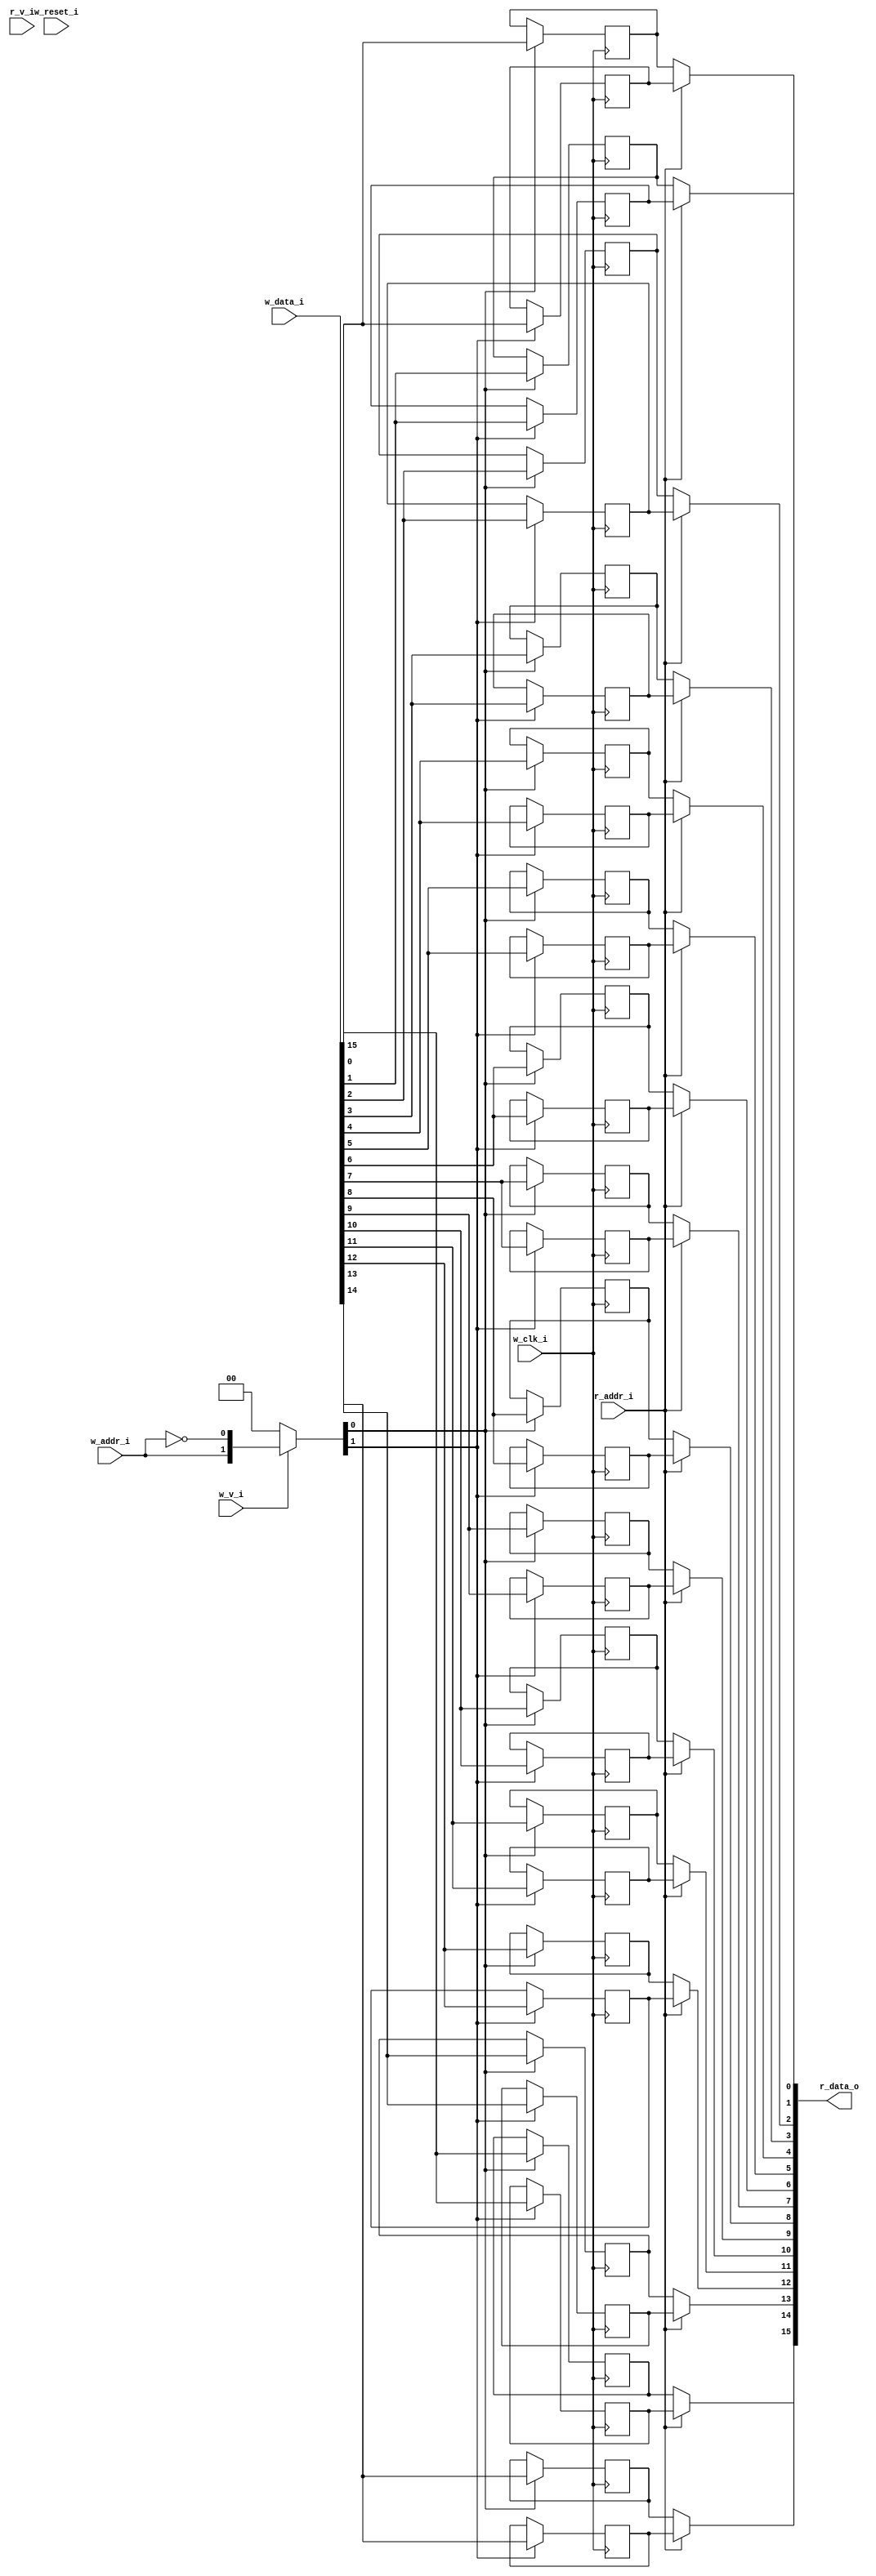
// This program was cloned from: https://github.com/NYU-MLDA/OpenABC
// License: BSD 3-Clause "New" or "Revised" License

module bsg_mem_1r1w_synth_width_p16_els_p2_read_write_same_addr_p0_harden_p0
(
  w_clk_i,
  w_reset_i,
  w_v_i,
  w_addr_i,
  w_data_i,
  r_v_i,
  r_addr_i,
  r_data_o
);

  input [0:0] w_addr_i;
  input [15:0] w_data_i;
  input [0:0] r_addr_i;
  output [15:0] r_data_o;
  input w_clk_i;
  input w_reset_i;
  input w_v_i;
  input r_v_i;
  wire [15:0] r_data_o;
  wire N0,N1,N2,N3,N4,N5,N7,N8;
  wire [31:0] mem;
  reg mem_31_sv2v_reg,mem_30_sv2v_reg,mem_29_sv2v_reg,mem_28_sv2v_reg,mem_27_sv2v_reg,
  mem_26_sv2v_reg,mem_25_sv2v_reg,mem_24_sv2v_reg,mem_23_sv2v_reg,mem_22_sv2v_reg,
  mem_21_sv2v_reg,mem_20_sv2v_reg,mem_19_sv2v_reg,mem_18_sv2v_reg,mem_17_sv2v_reg,
  mem_16_sv2v_reg,mem_15_sv2v_reg,mem_14_sv2v_reg,mem_13_sv2v_reg,mem_12_sv2v_reg,
  mem_11_sv2v_reg,mem_10_sv2v_reg,mem_9_sv2v_reg,mem_8_sv2v_reg,mem_7_sv2v_reg,
  mem_6_sv2v_reg,mem_5_sv2v_reg,mem_4_sv2v_reg,mem_3_sv2v_reg,mem_2_sv2v_reg,
  mem_1_sv2v_reg,mem_0_sv2v_reg;
  assign mem[31] = mem_31_sv2v_reg;
  assign mem[30] = mem_30_sv2v_reg;
  assign mem[29] = mem_29_sv2v_reg;
  assign mem[28] = mem_28_sv2v_reg;
  assign mem[27] = mem_27_sv2v_reg;
  assign mem[26] = mem_26_sv2v_reg;
  assign mem[25] = mem_25_sv2v_reg;
  assign mem[24] = mem_24_sv2v_reg;
  assign mem[23] = mem_23_sv2v_reg;
  assign mem[22] = mem_22_sv2v_reg;
  assign mem[21] = mem_21_sv2v_reg;
  assign mem[20] = mem_20_sv2v_reg;
  assign mem[19] = mem_19_sv2v_reg;
  assign mem[18] = mem_18_sv2v_reg;
  assign mem[17] = mem_17_sv2v_reg;
  assign mem[16] = mem_16_sv2v_reg;
  assign mem[15] = mem_15_sv2v_reg;
  assign mem[14] = mem_14_sv2v_reg;
  assign mem[13] = mem_13_sv2v_reg;
  assign mem[12] = mem_12_sv2v_reg;
  assign mem[11] = mem_11_sv2v_reg;
  assign mem[10] = mem_10_sv2v_reg;
  assign mem[9] = mem_9_sv2v_reg;
  assign mem[8] = mem_8_sv2v_reg;
  assign mem[7] = mem_7_sv2v_reg;
  assign mem[6] = mem_6_sv2v_reg;
  assign mem[5] = mem_5_sv2v_reg;
  assign mem[4] = mem_4_sv2v_reg;
  assign mem[3] = mem_3_sv2v_reg;
  assign mem[2] = mem_2_sv2v_reg;
  assign mem[1] = mem_1_sv2v_reg;
  assign mem[0] = mem_0_sv2v_reg;
  assign r_data_o[15] = (N3)? mem[15] : 
                        (N0)? mem[31] : 1'b0;
  assign N0 = r_addr_i[0];
  assign r_data_o[14] = (N3)? mem[14] : 
                        (N0)? mem[30] : 1'b0;
  assign r_data_o[13] = (N3)? mem[13] : 
                        (N0)? mem[29] : 1'b0;
  assign r_data_o[12] = (N3)? mem[12] : 
                        (N0)? mem[28] : 1'b0;
  assign r_data_o[11] = (N3)? mem[11] : 
                        (N0)? mem[27] : 1'b0;
  assign r_data_o[10] = (N3)? mem[10] : 
                        (N0)? mem[26] : 1'b0;
  assign r_data_o[9] = (N3)? mem[9] : 
                       (N0)? mem[25] : 1'b0;
  assign r_data_o[8] = (N3)? mem[8] : 
                       (N0)? mem[24] : 1'b0;
  assign r_data_o[7] = (N3)? mem[7] : 
                       (N0)? mem[23] : 1'b0;
  assign r_data_o[6] = (N3)? mem[6] : 
                       (N0)? mem[22] : 1'b0;
  assign r_data_o[5] = (N3)? mem[5] : 
                       (N0)? mem[21] : 1'b0;
  assign r_data_o[4] = (N3)? mem[4] : 
                       (N0)? mem[20] : 1'b0;
  assign r_data_o[3] = (N3)? mem[3] : 
                       (N0)? mem[19] : 1'b0;
  assign r_data_o[2] = (N3)? mem[2] : 
                       (N0)? mem[18] : 1'b0;
  assign r_data_o[1] = (N3)? mem[1] : 
                       (N0)? mem[17] : 1'b0;
  assign r_data_o[0] = (N3)? mem[0] : 
                       (N0)? mem[16] : 1'b0;

  always @(posedge w_clk_i) begin
    if(N8) begin
      mem_31_sv2v_reg <= w_data_i[15];
    end 
  end


  always @(posedge w_clk_i) begin
    if(N8) begin
      mem_30_sv2v_reg <= w_data_i[14];
    end 
  end


  always @(posedge w_clk_i) begin
    if(N8) begin
      mem_29_sv2v_reg <= w_data_i[13];
    end 
  end


  always @(posedge w_clk_i) begin
    if(N8) begin
      mem_28_sv2v_reg <= w_data_i[12];
    end 
  end


  always @(posedge w_clk_i) begin
    if(N8) begin
      mem_27_sv2v_reg <= w_data_i[11];
    end 
  end


  always @(posedge w_clk_i) begin
    if(N8) begin
      mem_26_sv2v_reg <= w_data_i[10];
    end 
  end


  always @(posedge w_clk_i) begin
    if(N8) begin
      mem_25_sv2v_reg <= w_data_i[9];
    end 
  end


  always @(posedge w_clk_i) begin
    if(N8) begin
      mem_24_sv2v_reg <= w_data_i[8];
    end 
  end


  always @(posedge w_clk_i) begin
    if(N8) begin
      mem_23_sv2v_reg <= w_data_i[7];
    end 
  end


  always @(posedge w_clk_i) begin
    if(N8) begin
      mem_22_sv2v_reg <= w_data_i[6];
    end 
  end


  always @(posedge w_clk_i) begin
    if(N8) begin
      mem_21_sv2v_reg <= w_data_i[5];
    end 
  end


  always @(posedge w_clk_i) begin
    if(N8) begin
      mem_20_sv2v_reg <= w_data_i[4];
    end 
  end


  always @(posedge w_clk_i) begin
    if(N8) begin
      mem_19_sv2v_reg <= w_data_i[3];
    end 
  end


  always @(posedge w_clk_i) begin
    if(N8) begin
      mem_18_sv2v_reg <= w_data_i[2];
    end 
  end


  always @(posedge w_clk_i) begin
    if(N8) begin
      mem_17_sv2v_reg <= w_data_i[1];
    end 
  end


  always @(posedge w_clk_i) begin
    if(N8) begin
      mem_16_sv2v_reg <= w_data_i[0];
    end 
  end


  always @(posedge w_clk_i) begin
    if(N7) begin
      mem_15_sv2v_reg <= w_data_i[15];
    end 
  end


  always @(posedge w_clk_i) begin
    if(N7) begin
      mem_14_sv2v_reg <= w_data_i[14];
    end 
  end


  always @(posedge w_clk_i) begin
    if(N7) begin
      mem_13_sv2v_reg <= w_data_i[13];
    end 
  end


  always @(posedge w_clk_i) begin
    if(N7) begin
      mem_12_sv2v_reg <= w_data_i[12];
    end 
  end


  always @(posedge w_clk_i) begin
    if(N7) begin
      mem_11_sv2v_reg <= w_data_i[11];
    end 
  end


  always @(posedge w_clk_i) begin
    if(N7) begin
      mem_10_sv2v_reg <= w_data_i[10];
    end 
  end


  always @(posedge w_clk_i) begin
    if(N7) begin
      mem_9_sv2v_reg <= w_data_i[9];
    end 
  end


  always @(posedge w_clk_i) begin
    if(N7) begin
      mem_8_sv2v_reg <= w_data_i[8];
    end 
  end


  always @(posedge w_clk_i) begin
    if(N7) begin
      mem_7_sv2v_reg <= w_data_i[7];
    end 
  end


  always @(posedge w_clk_i) begin
    if(N7) begin
      mem_6_sv2v_reg <= w_data_i[6];
    end 
  end


  always @(posedge w_clk_i) begin
    if(N7) begin
      mem_5_sv2v_reg <= w_data_i[5];
    end 
  end


  always @(posedge w_clk_i) begin
    if(N7) begin
      mem_4_sv2v_reg <= w_data_i[4];
    end 
  end


  always @(posedge w_clk_i) begin
    if(N7) begin
      mem_3_sv2v_reg <= w_data_i[3];
    end 
  end


  always @(posedge w_clk_i) begin
    if(N7) begin
      mem_2_sv2v_reg <= w_data_i[2];
    end 
  end


  always @(posedge w_clk_i) begin
    if(N7) begin
      mem_1_sv2v_reg <= w_data_i[1];
    end 
  end


  always @(posedge w_clk_i) begin
    if(N7) begin
      mem_0_sv2v_reg <= w_data_i[0];
    end 
  end

  assign N5 = ~w_addr_i[0];
  assign { N8, N7 } = (N1)? { w_addr_i[0:0], N5 } : 
                      (N2)? { 1'b0, 1'b0 } : 1'b0;
  assign N1 = w_v_i;
  assign N2 = N4;
  assign N3 = ~r_addr_i[0];
  assign N4 = ~w_v_i;

endmodule